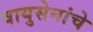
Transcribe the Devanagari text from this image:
वायुसेनांचे